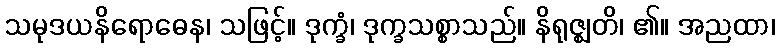
သမုဒယနိရောဓေန၊ သဖြင့်။ ဒုက္ခံ၊ ဒုက္ခသစ္စာသည်။ နိရုဇ္ဈတိ၊ ၏။ အညထာ၊